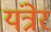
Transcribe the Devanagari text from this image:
यंत्रेर